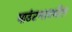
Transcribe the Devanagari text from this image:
माउंटन्समधील